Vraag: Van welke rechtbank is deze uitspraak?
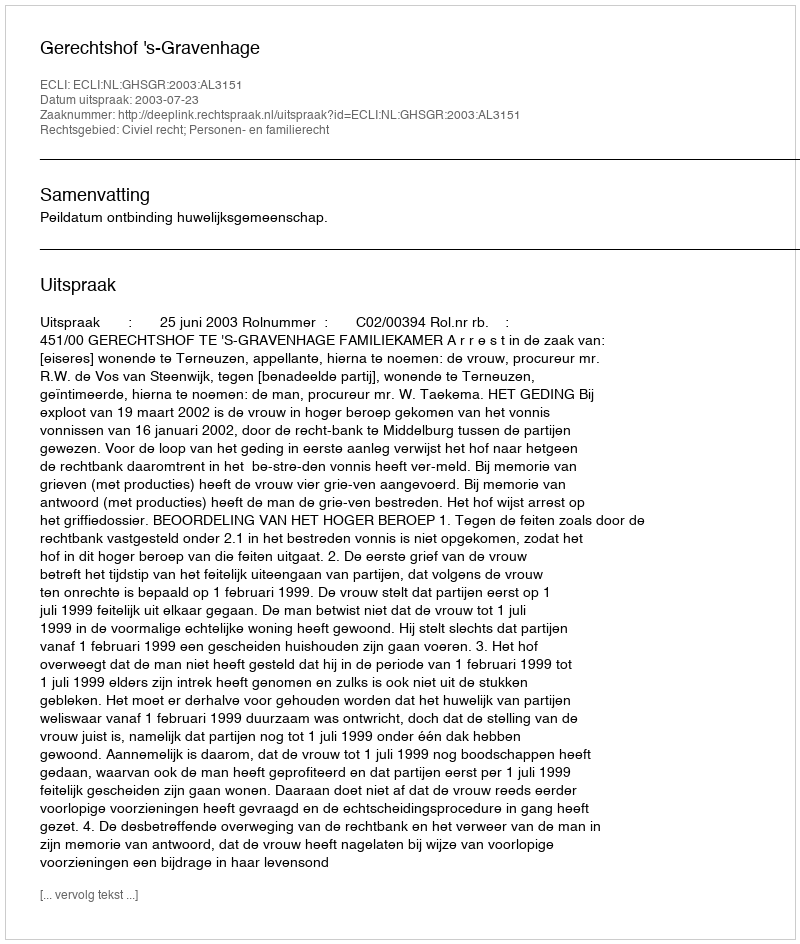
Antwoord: Gerechtshof 's-Gravenhage